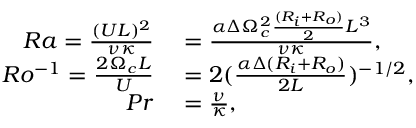
\begin{array} { r l } { R a = \frac { ( U L ) ^ { 2 } } { \nu \kappa } } & { { } = \frac { \alpha \Delta \Omega _ { c } ^ { 2 } \frac { ( R _ { i } + R _ { o } ) } { 2 } L ^ { 3 } } { \nu \kappa } , } \\ { R o ^ { - 1 } = \frac { 2 \Omega _ { c } L } { U } } & { { } = 2 ( \frac { \alpha \Delta ( R _ { i } + R _ { o } ) } { 2 L } ) ^ { - 1 / 2 } , } \\ { P r } & { { } = \frac { \nu } { \kappa } , } \end{array}